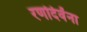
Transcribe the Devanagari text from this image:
रणदिवेंना